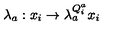
\lambda _ { a } : x _ { i } \rightarrow \lambda _ { a } ^ { Q _ { i } ^ { a } } x _ { i }